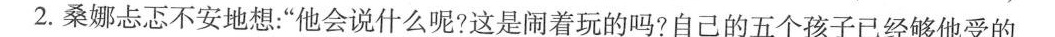
2.桑娜忐忑不安地想：”他会说什么呢?这是闹着玩的吗?自己的五个孩子已经够他受的